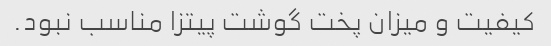
کیفیت و میزان پخت گوشت پیتزا مناسب نبود.